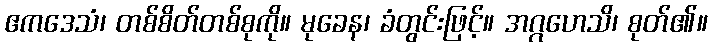
ဧကဒေသံ၊ တစ်စိတ်တစ်စုကို။ မုခေန၊ ခံတွင်းဖြင့်။ အဂ္ဂဟေသိ၊ စုတ်၏။